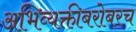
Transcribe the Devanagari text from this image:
अभिव्यक्तीबरोबरच